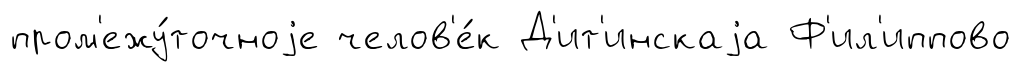
пром'ежу́точноjе челов'е́к Д'ит'инскаjа Ф'ил'иппово